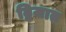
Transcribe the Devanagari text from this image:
द्विजात